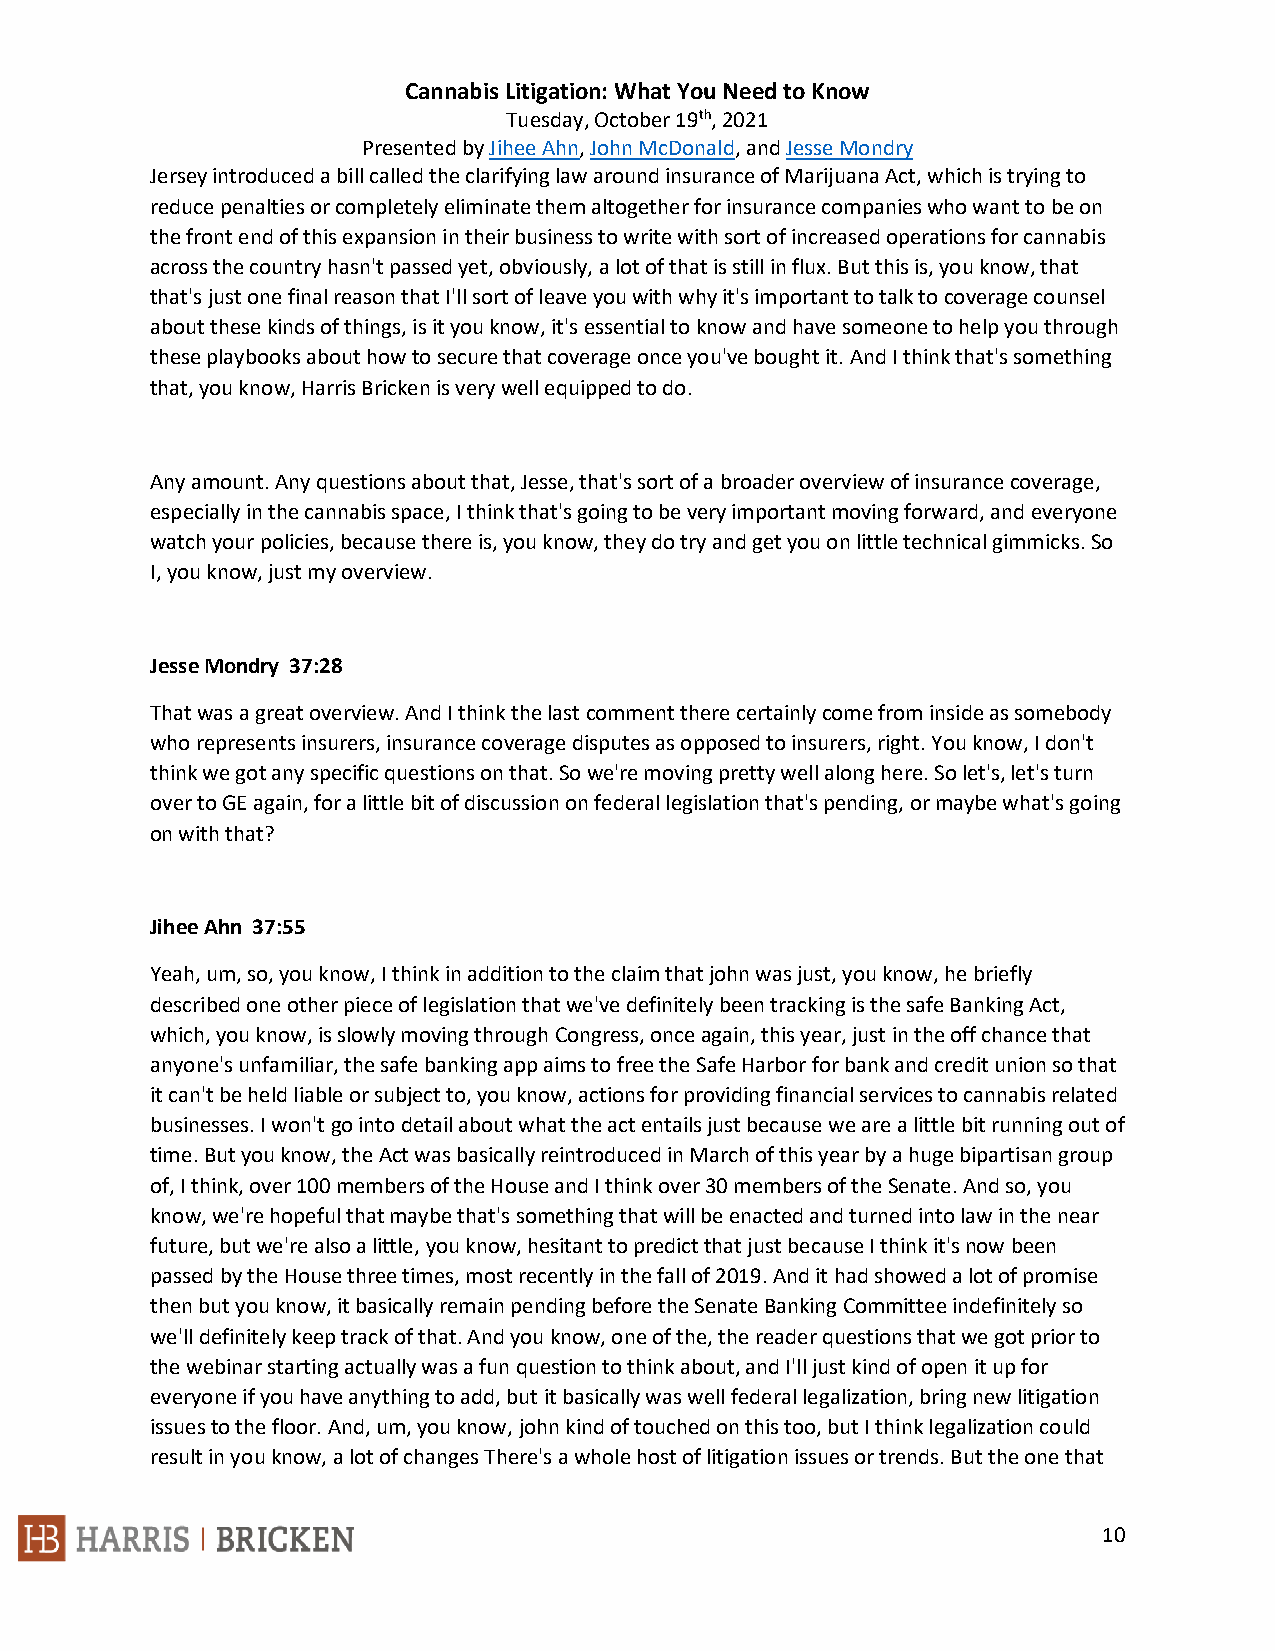
Cannabis Litigation: What You Need to Know
 Tuesday, October 19th, 2021
 Presented by Jihee Ahn, John McDonald, and Jesse Mondry
 Jersey introduced a bill called the clarifying law around insurance of Marijuana Act, which is trying to
 reduce penalties or completely eliminate them altogether for insurance companies who want to be on
 the front end of this expansion in their business to write with sort of increased operations for cannabis
 across the country hasn't passed yet, obviously, a lot of that is still in flux. But this is, you know, that
 that's just one final reason that I'll sort of leave you with why it's important to talk to coverage counsel
 about these kinds of things, is it you know, it's essential to know and have someone to help you through
 these playbooks about how to secure that coverage once you've bought it. And I think that's something
 that, you know, Harris Bricken is very well equipped to do.
 Any amount. Any questions about that, Jesse, that's sort of a broader overview of insurance coverage,
 especially in the cannabis space, I think that's going to be very important moving forward, and everyone
 watch your policies, because there is, you know, they do try and get you on little technical gimmicks. So
 I, you know, just my overview.
 Jesse Mondry 37:28
 That was a great overview. And I think the last comment there certainly come from inside as somebody
 who represents insurers, insurance coverage disputes as opposed to insurers, right. You know, I don't
 think we got any specific questions on that. So we're moving pretty well along here. So let's, let's turn
 over to GE again, for a little bit of discussion on federal legislation that's pending, or maybe what's going
 on with that?
 Jihee Ahn 37:55
 Yeah, um, so, you know, I think in addition to the claim that john was just, you know, he briefly
 described one other piece of legislation that we've definitely been tracking is the safe Banking Act,
 which, you know, is slowly moving through Congress, once again, this year, just in the off chance that
 anyone's unfamiliar, the safe banking app aims to free the Safe Harbor for bank and credit union so that
 it can't be held liable or subject to, you know, actions for providing financial services to cannabis related
 businesses. I won't go into detail about what the act entails just because we are a little bit running out of
 time. But you know, the Act was basically reintroduced in March of this year by a huge bipartisan group
 of, I think, over 100 members of the House and I think over 30 members of the Senate. And so, you
 know, we're hopeful that maybe that's something that will be enacted and turned into law in the near
 future, but we're also a little, you know, hesitant to predict that just because I think it's now been
 passed by the House three times, most recently in the fall of 2019. And it had showed a lot of promise
 then but you know, it basically remain pending before the Senate Banking Committee indefinitely so
 we'll definitely keep track of that. And you know, one of the, the reader questions that we got prior to
 the webinar starting actually was a fun question to think about, and I'll just kind of open it up for
 everyone if you have anything to add, but it basically was well federal legalization, bring new litigation
 issues to the floor. And, um, you know, john kind of touched on this too, but I think legalization could
 result in you know, a lot of changes There's a whole host of litigation issues or trends. But the one that
 10